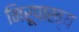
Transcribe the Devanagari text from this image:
निरूपाख्य